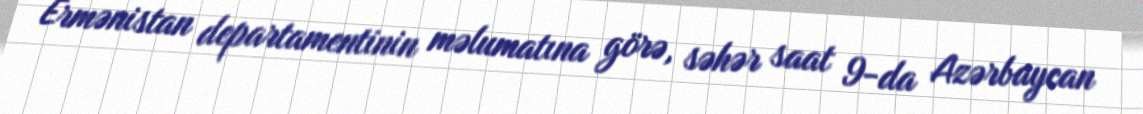
Ermənistan departamentinin məlumatına görə, səhər saat 9-da Azərbaycan